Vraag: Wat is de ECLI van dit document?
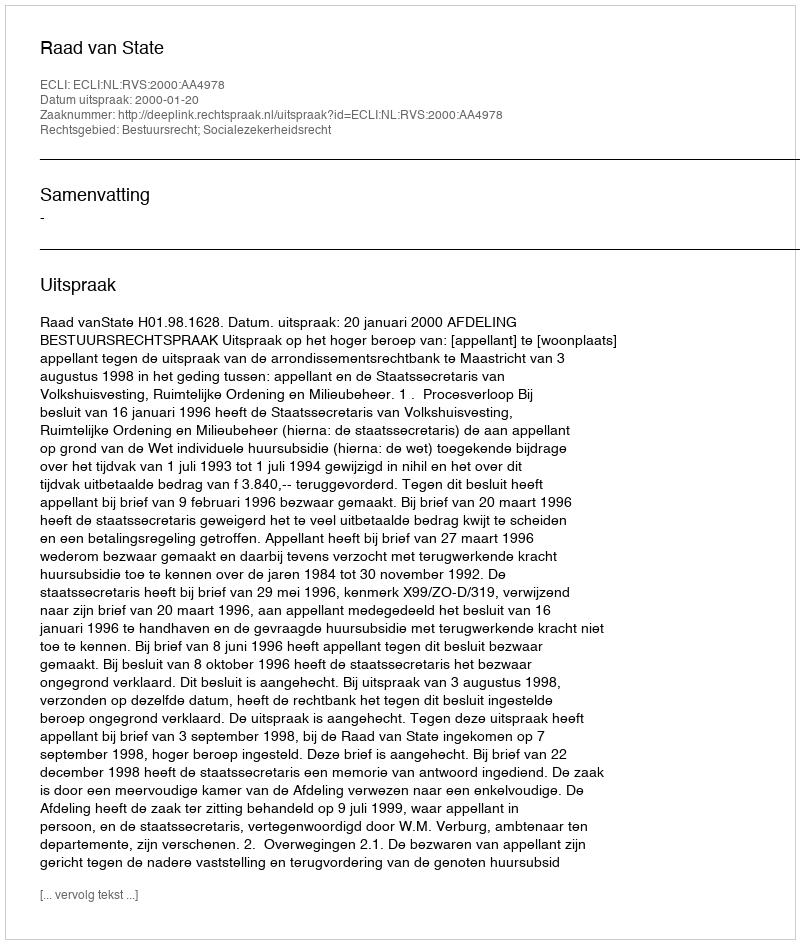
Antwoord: ECLI:NL:RVS:2000:AA4978